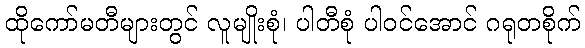
ထိုကော်မတီများတွင် လူမျိုးစုံ၊ ပါတီစုံ ပါဝင်အောင် ဂရုတစိုက်